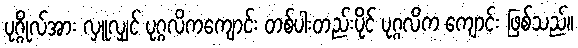
ပုဂ္ဂိုလ်အား လှူလျှင် ပုဂ္ဂလိကကျောင်း တစ်ပါးတည်းပိုင် ပုဂ္ဂလိက ကျောင်း ဖြစ်သည်။